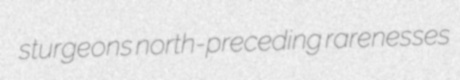
sturgeons north-preceding rarenesses